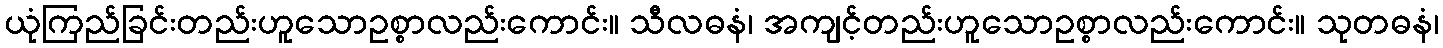
ယုံကြည်ခြင်းတည်းဟူသောဥစ္စာလည်းကောင်း။ သီလဓနံ၊ အကျင့်တည်းဟူသောဥစ္စာလည်းကောင်း။ သုတဓနံ၊